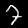
Digit: 7